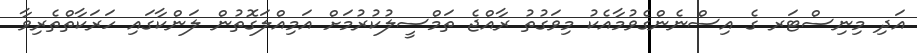
އަދި މިނިސްޓަރ ގެ އިސްނެންގެވުމާއެކު މިވަގުތު ރާއްޖެ ތަމްސީލުކުރުމަށް އަމިއްލަގޮތުން ލަންކާގައި ހަރަކާތްތެރިވާ